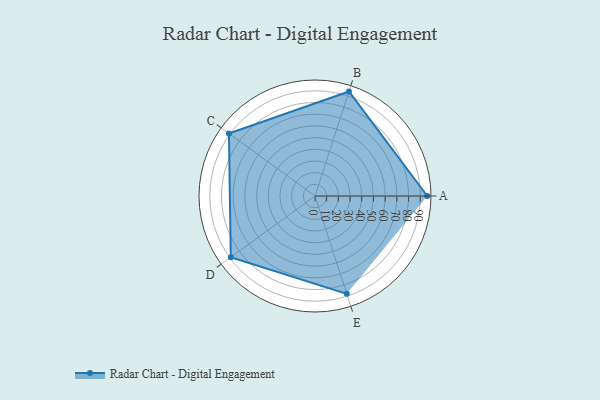
{"axis": {"x": "Skill", "y": "Score"}, "legend": ["Profile"], "data": [{"x": "A", "y": 96.0, "type": "Profile"}, {"x": "B", "y": 94.0, "type": "Profile"}, {"x": "C", "y": 91.0, "type": "Profile"}, {"x": "D", "y": 89.0, "type": "Profile"}, {"x": "E", "y": 88.0, "type": "Profile"}]}